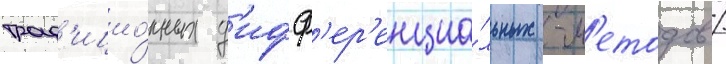
трад'ицио́нных д'ифф'ер'енциа́льных -м'етодов /